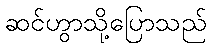
ဆင်ဟွာသို့ပြောသည်